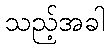
သည့်အခါ